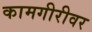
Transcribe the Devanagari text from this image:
कामगीरीवर